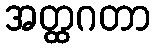
အတ္ထဂတာ